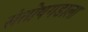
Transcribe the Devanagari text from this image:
संतोषगडाला